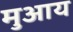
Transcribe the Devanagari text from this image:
मुआय